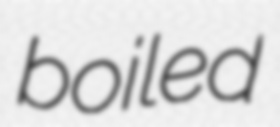
boiled